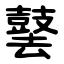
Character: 䵽